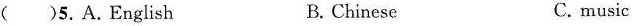
( )5.A.English B.Chinese C.music